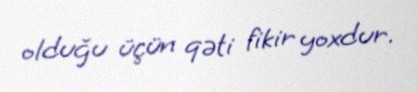
olduğu üçün qəti fikir yoxdur.